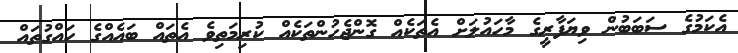
އެކަމުގެ ސަބަބުން ވިޔަފާރީގެ މާހައުލަށް އެތަކެއް ގޮންޖެހުންތަކެއް ކުރިމަތިވެ އެތައް ބައެއްގެ ހައްގުތައް